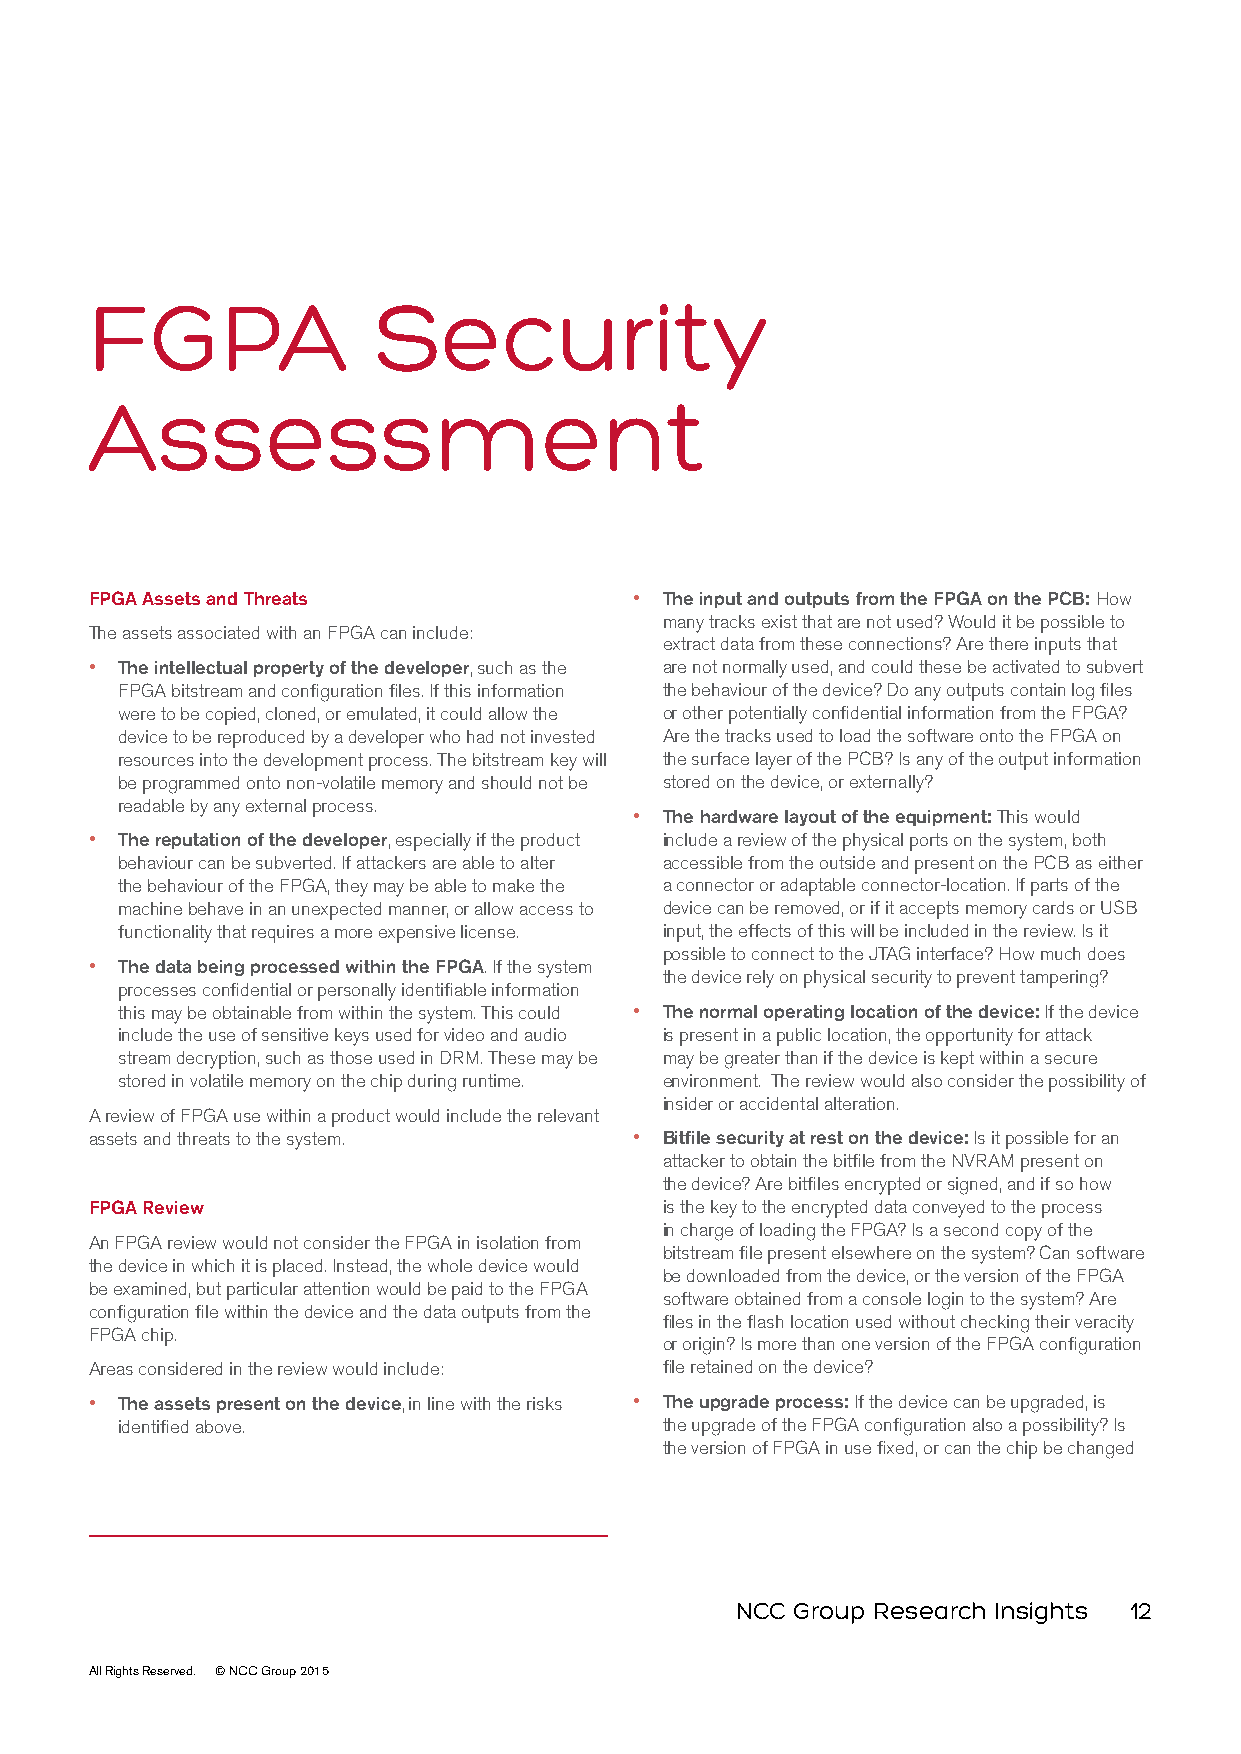
FGPA               Security
 Assessment
 FPGA Assets and Threats             • The input and outputs from the FPGA on the PCB: How
 many tracks exist that are not used? Would it be possible to
 The assets associated with an FPGA can include:
 extract data from these connections? Are there inputs that
 • The intellectual property of the developer, such as the are not normally used, and could these be activated to subvert
 FPGA bitstream and configuration files. If this information the behaviour of the device? Do any outputs contain log files
 were to be copied, cloned, or emulated, it could allow the or other potentially confidential information from the FPGA?
 device to be reproduced by a developer who had not invested Are the tracks used to load the software onto the FPGA on
 resources into the development process. The bitstream key will the surface layer of the PCB? Is any of the output information
 be programmed onto non-volatile memory and should not be stored on the device, or externally?
 readable by any external process.
 • The hardware layout of the equipment: This would
 • The reputation of the developer, especially if the product include a review of the physical ports on the system, both
 behaviour can be subverted. If attackers are able to alter accessible from the outside and present on the PCB as either
 the behaviour of the FPGA, they may be able to make the a connector or adaptable connector-location. If parts of the
 machine behave in an unexpected manner, or allow access to device can be removed, or if it accepts memory cards or USB
 functionality that requires a more expensive license. input, the effects of this will be included in the review. Is it
 possible to connect to the JTAG interface? How much does
 • The data being processed within the FPGA. If the system
 the device rely on physical security to prevent tampering?
 processes confidential or personally identifiable information
 this may be obtainable from within the system. This could • The normal operating location of the device: If the device
 include the use of sensitive keys used for video and audio is present in a public location, the opportunity for attack
 stream decryption, such as those used in DRM. These may be may be greater than if the device is kept within a secure
 stored in volatile memory on the chip during runtime. environment. The review would also consider the possibility of
 insider or accidental alteration.
 A review of FPGA use within a product would include the relevant
 assets and threats to the system.   • Bitfile security at rest on the device: Is it possible for an
 attacker to obtain the bitfile from the NVRAM present on
 the device? Are bitfiles encrypted or signed, and if so how
 FPGA Review                           is the key to the encrypted data conveyed to the process
 in charge of loading the FPGA? Is a second copy of the
 An FPGA review would not consider the FPGA in isolation from
 bitstream file present elsewhere on the system? Can software
 the device in which it is placed. Instead, the whole device would
 be downloaded from the device, or the version of the FPGA
 be examined, but particular attention would be paid to the FPGA
 software obtained from a console login to the system? Are
 configuration file within the device and the data outputs from the
 files in the flash location used without checking their veracity
 FPGA chip.
 or origin? Is more than one version of the FPGA configuration
 Areas considered in the review would include: file retained on the device?
 • The assets present on the device, in line with the risks • The upgrade process: If the device can be upgraded, is
 identified above.                   the upgrade of the FPGA configuration also a possibility? Is
 the version of FPGA in use fixed, or can the chip be changed
 NCC Group Research Insights 12
 All Rights Reserved. © NCC Group 2015